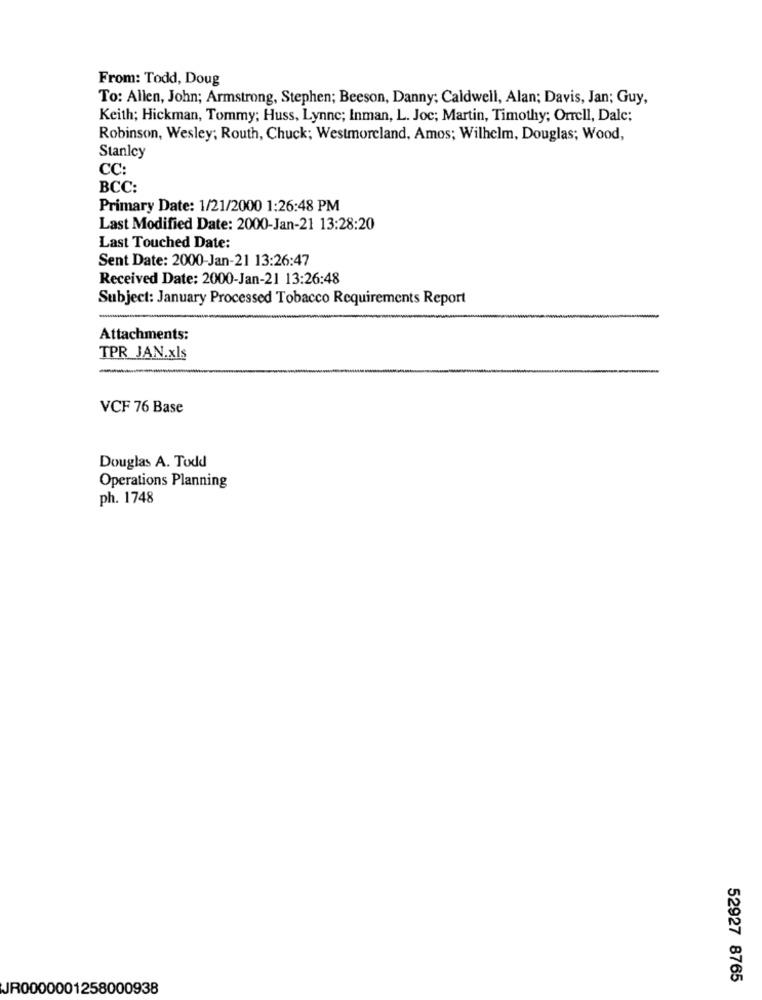
From: Todd, Doug
To: Allen, John; Armstrong, Stephen; Beeson, Danny; Caldwell, Alan; Davis, Jan; Guy,
Keith; Hickman, Tommy; Huss, Lynne; Inman, L. Joc; Martin, Timothy; Orrell, Dale;
Robinson, Wesley; Routh, Chuck; Westmoreland, Amos; Wilhelm, Douglas; Wood,
Stanley
CC:
BCC:
Primary Date: 1/21/2000 1:26:48 PM
Last Modified Date: 2000-Jan-21 13:28:20
Last Touched Date:
Sent Date: 2000-Jan-21 13:26:47
Received Date: 2000-Jan-21 13:26:48
Subject: January Processed Tobacco Requirements Report
Attachments:
TPR JAN.xls
--
VCF 76 Base
Douglas A. Todd
Operations Planning
ph. 1748
52927 8765
JR0000001258000938